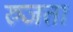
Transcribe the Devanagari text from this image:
रुजता